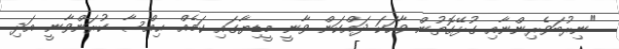
"ނިރުބަވެރިންނާއި ގުޅޭގޮތުން ވާހަކަ ދައްކަން ވާނީ މީޑިޔާގައި ކަމެއް ޙިއްސާ ކުރަންވާނީ އަދި